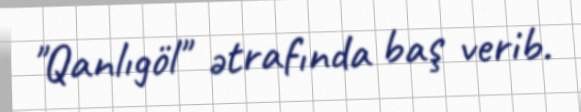
''Qanlıgöl'' ətrafında baş verib.